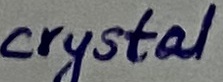
Text: crystal